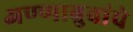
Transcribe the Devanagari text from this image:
अण्णाबुवांचे